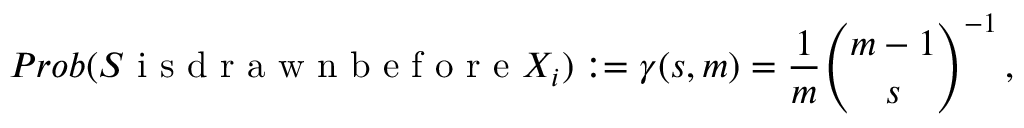
P r o b ( S \mathrm { ~ i ~ s ~ d ~ r ~ a ~ w ~ n ~ b ~ e ~ f ~ o ~ r ~ e ~ } X _ { i } ) : = \gamma ( s , m ) = \frac { 1 } { m } \binom { m - 1 } { s } ^ { - 1 } \, ,